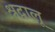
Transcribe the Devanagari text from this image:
श्रद्वालू